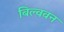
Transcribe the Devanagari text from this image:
बिल्ववन